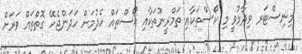
މިނިސްޓަރ ވިދާޅުވީ މި ކޯސްތަކާއި ތަމްރީނުތަކާއި ކޯސްތައް ހެދުމަށް ހަދަންޖެހޭ ގޮތްތައް ވަރަށް